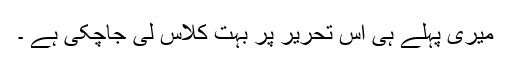
میری پہلے ہی اس تحریر پر بہت کلاس لی جاچکی ہے ۔